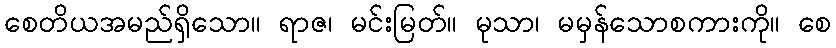
စေတိယအမည်ရှိသော။ ရာဇ၊ မင်းမြတ်။ မုသာ၊ မမှန်သောစကားကို။ စေ